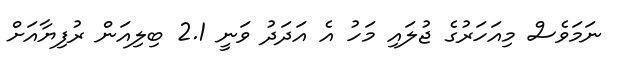
ނަމަވެސް މިއަހަރުގެ ޖުލައި މަހު އެ އަދަދު ވަނީ 2.1 ބިލިއަން ރުފިޔާއަށް